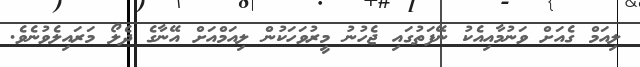
ލިއަމް ގެއަށް ވަނުމާއިއެކު ނޭފަތުގައި ޖެހުނު މީރުވަހަކުން ލިއަމްއަށް އޭނާގެ ދެލޯ މަރައިލެވުނެވެ.